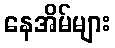
နေအိမ်များ